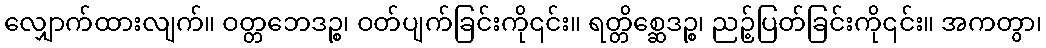
လျှောက်ထားလျက်။ ဝတ္တဘေဒဉ္စ၊ ဝတ်ပျက်ခြင်းကို၎င်း။ ရတ္တိစ္ဆေဒဉ္စ၊ ညဉ့်ပြတ်ခြင်းကို၎င်း။ အကတွာ၊